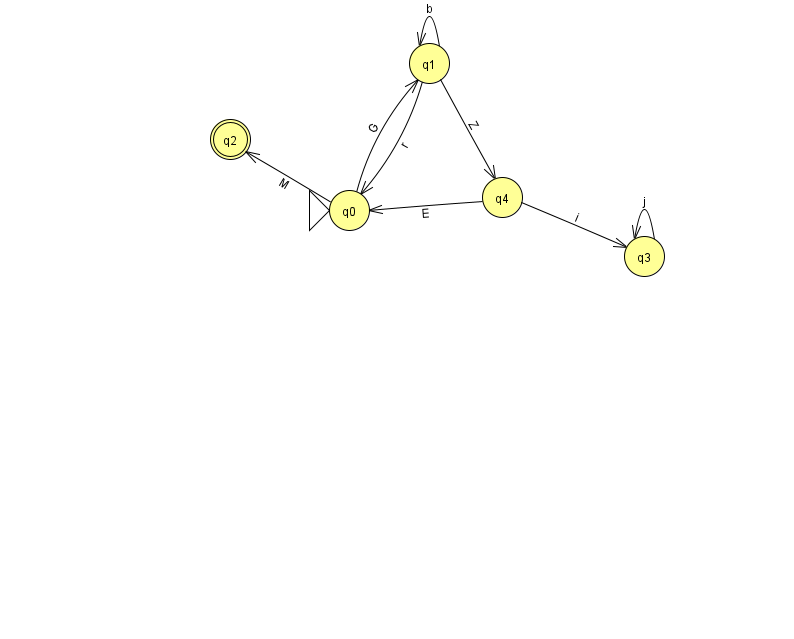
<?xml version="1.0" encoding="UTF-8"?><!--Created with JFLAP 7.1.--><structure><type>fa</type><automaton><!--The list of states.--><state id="0" name="q0"><x>349.0</x><y>197.0</y><initial/></state><state id="1" name="q1"><x>429.0</x><y>50.0</y></state><state id="2" name="q2"><x>230.0</x><y>126.0</y><final/></state><state id="3" name="q3"><x>644.0</x><y>243.0</y></state><state id="4" name="q4"><x>502.0</x><y>184.0</y></state><!--The list of transitions.--><transition><from>0</from><to>2</to><read>M</read></transition><transition><from>1</from><to>1</to><read>b</read></transition><transition><from>4</from><to>3</to><read>i</read></transition><transition><from>1</from><to>0</to><read>r</read></transition><transition><from>1</from><to>4</to><read>Z</read></transition><transition><from>3</from><to>3</to><read>j</read></transition><transition><from>0</from><to>1</to><read>G</read></transition><transition><from>4</from><to>0</to><read>E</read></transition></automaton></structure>